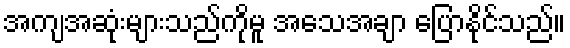
အကျအဆုံးများသည်ကိုမူ အသေအချာ ပြောနိုင်သည်။